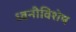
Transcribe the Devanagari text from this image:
ध्वनीविशेष